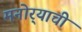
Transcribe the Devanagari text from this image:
मनोर्‍याची